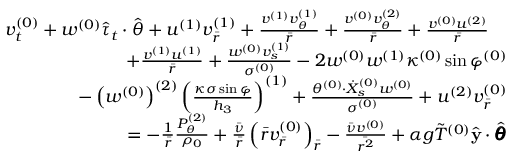
\begin{array} { r } { v _ { t } ^ { ( 0 ) } + w ^ { ( 0 ) } \hat { \tau } _ { t } \cdot \hat { \theta } + u ^ { ( 1 ) } v _ { \bar { r } } ^ { ( 1 ) } + \frac { v ^ { ( 1 ) } v _ { \theta } ^ { ( 1 ) } } { \bar { r } } + \frac { v ^ { ( 0 ) } v _ { \theta } ^ { ( 2 ) } } { \bar { r } } + \frac { v ^ { ( 0 ) } u ^ { ( 2 ) } } { \bar { r } } \quad } \\ { + \frac { v ^ { ( 1 ) } u ^ { ( 1 ) } } { \bar { r } } + \frac { w ^ { ( 0 ) } v _ { s } ^ { ( 1 ) } } { \sigma ^ { ( 0 ) } } - 2 w ^ { ( 0 ) } w ^ { ( 1 ) } \kappa ^ { ( 0 ) } \sin \varphi ^ { ( 0 ) } } \\ { - \left( w ^ { ( 0 ) } \right) ^ { ( 2 ) } \left( \frac { \kappa \sigma \sin \varphi } { h _ { 3 } } \right) ^ { ( 1 ) } + \frac { \theta ^ { ( 0 ) } \cdot \dot { X } _ { s } ^ { ( 0 ) } w ^ { ( 0 ) } } { \sigma ^ { ( 0 ) } } + u ^ { ( 2 ) } v _ { \bar { r } } ^ { ( 0 ) } } \\ { = - \frac { 1 } { \bar { r } } \frac { P _ { \theta } ^ { ( 2 ) } } { \rho _ { 0 } } + \frac { \bar { \nu } } { \bar { r } } \left( \bar { r } v _ { \bar { r } } ^ { ( 0 ) } \right) _ { \bar { r } } - \frac { \bar { \nu } v ^ { ( 0 ) } } { \bar { r ^ { 2 } } } + \alpha g \Tilde { T } ^ { ( 0 ) } \hat { \mathbf { y } } \cdot \hat { \pmb { \theta } } } \end{array}